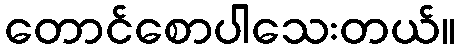
တောင်စောပါသေးတယ်။